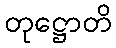
တုဋ္ဌောတိ